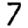
Digit: 7